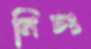
নিচং